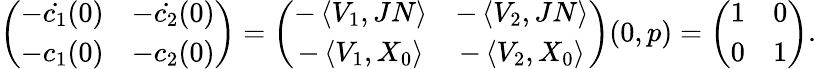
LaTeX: \left(\begin{array}{cc}{-\dot{c_{1}}(0)}&{-\dot{c_{2}}(0)}\\ {-c_{1}(0)}&{-c_{2}(0)}\end{array}\right)=\left(\begin{array}{cc}{-\left\langle V_{1},JN\right\rangle}&{-\left\langle V_{2},JN\right\rangle}\\ {-\left\langle V_{1},X_{0}\right\rangle}&{-\left\langle V_{2},X_{0}\right\rangle}\end{array}\right)(0,p)=\left(\begin{array}{cc}{1}&{0}\\ {0}&{1}\end{array}\right).